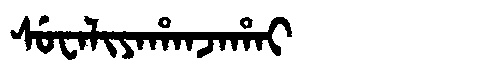
Manchu: ᠰᡠᠸᠠᠯᡳᠶᠠᡥᠠᠨᠵᠠᡥᠠᡳ
Romanization: SUWALIYAHANJAHAI